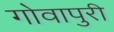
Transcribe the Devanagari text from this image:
गोवापुरी